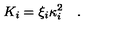
K _ { i } = \xi _ { i } \kappa _ { i } ^ { 2 } \quad .